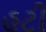
હટી